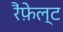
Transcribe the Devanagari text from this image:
रैंफ़ेल्ट